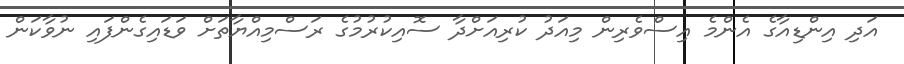
އަދި އިންޑިއާގެ އެންމެ އިސްވެރިން މިއަދު ކުރިއަށްދާ ސޮއިކުރުމުގެ ރަސްމިއްޔާތަށް ވަޑައިގެންފައި ނުވާކަން